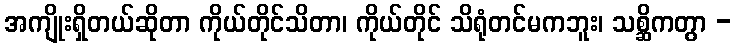
အကျိုးရှိတယ်ဆိုတာ ကိုယ်တိုင်သိတာ၊ ကိုယ်တိုင် သိရုံတင်မကဘူး၊ သစ္ဆိကတွာ -